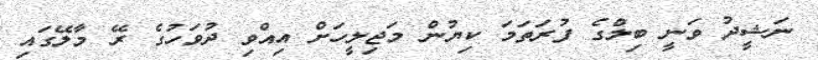
ނަޝީދު ވަނީ ބިލްގެ ފުރަތަމަ ކިޔުން މަޖިލީހަށް އިއްވި ދުވަހުގެ ރޭ މާލޭގައި